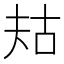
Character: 𫯤